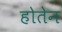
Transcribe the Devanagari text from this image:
होतेन